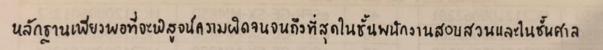
หลักฐานเพียงพอที่จะพิสูจน์ความผิดจนจนถึงที่สุดในชั้นพนักงานสอบสวนและในชั้นศาล